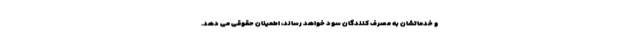
و خدماتشان به مصرف کنندگان سود خواهد رساند، اطمینان حقوقی می دهد.